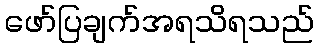
ဖော်ပြချက်အရသိရသည်